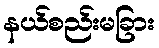
နယ်စည်းမခြား